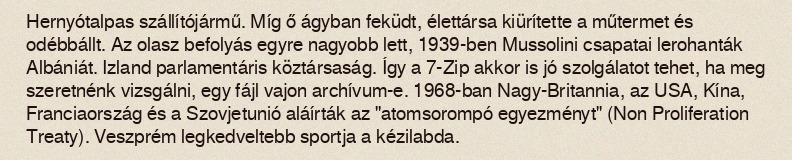
Hernyótalpas szállítójármű. Míg ő ágyban feküdt, élettársa kiürítette a műtermet és odébbállt. Az olasz befolyás egyre nagyobb lett, 1939-ben Mussolini csapatai lerohanták Albániát. Izland parlamentáris köztársaság. Így a 7-Zip akkor is jó szolgálatot tehet, ha meg szeretnénk vizsgálni, egy fájl vajon archívum-e. 1968-ban Nagy-Britannia, az USA, Kína, Franciaország és a Szovjetunió aláírták az "atomsorompó egyezményt" (Non Proliferation Treaty). Veszprém legkedveltebb sportja a kézilabda.